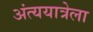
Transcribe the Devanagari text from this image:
अंत्ययात्रेला